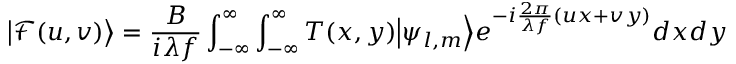
{ \left| { \mathcal { F } } ( u , v ) \right\rangle } = \frac { B } { i \lambda f } \int _ { - \infty } ^ { \infty } \int _ { - \infty } ^ { \infty } T ( x , y ) { \left| { \psi _ { l , m } } \right\rangle } e ^ { - i \frac { 2 \pi } { \lambda f } ( u x + v y ) } d x d y